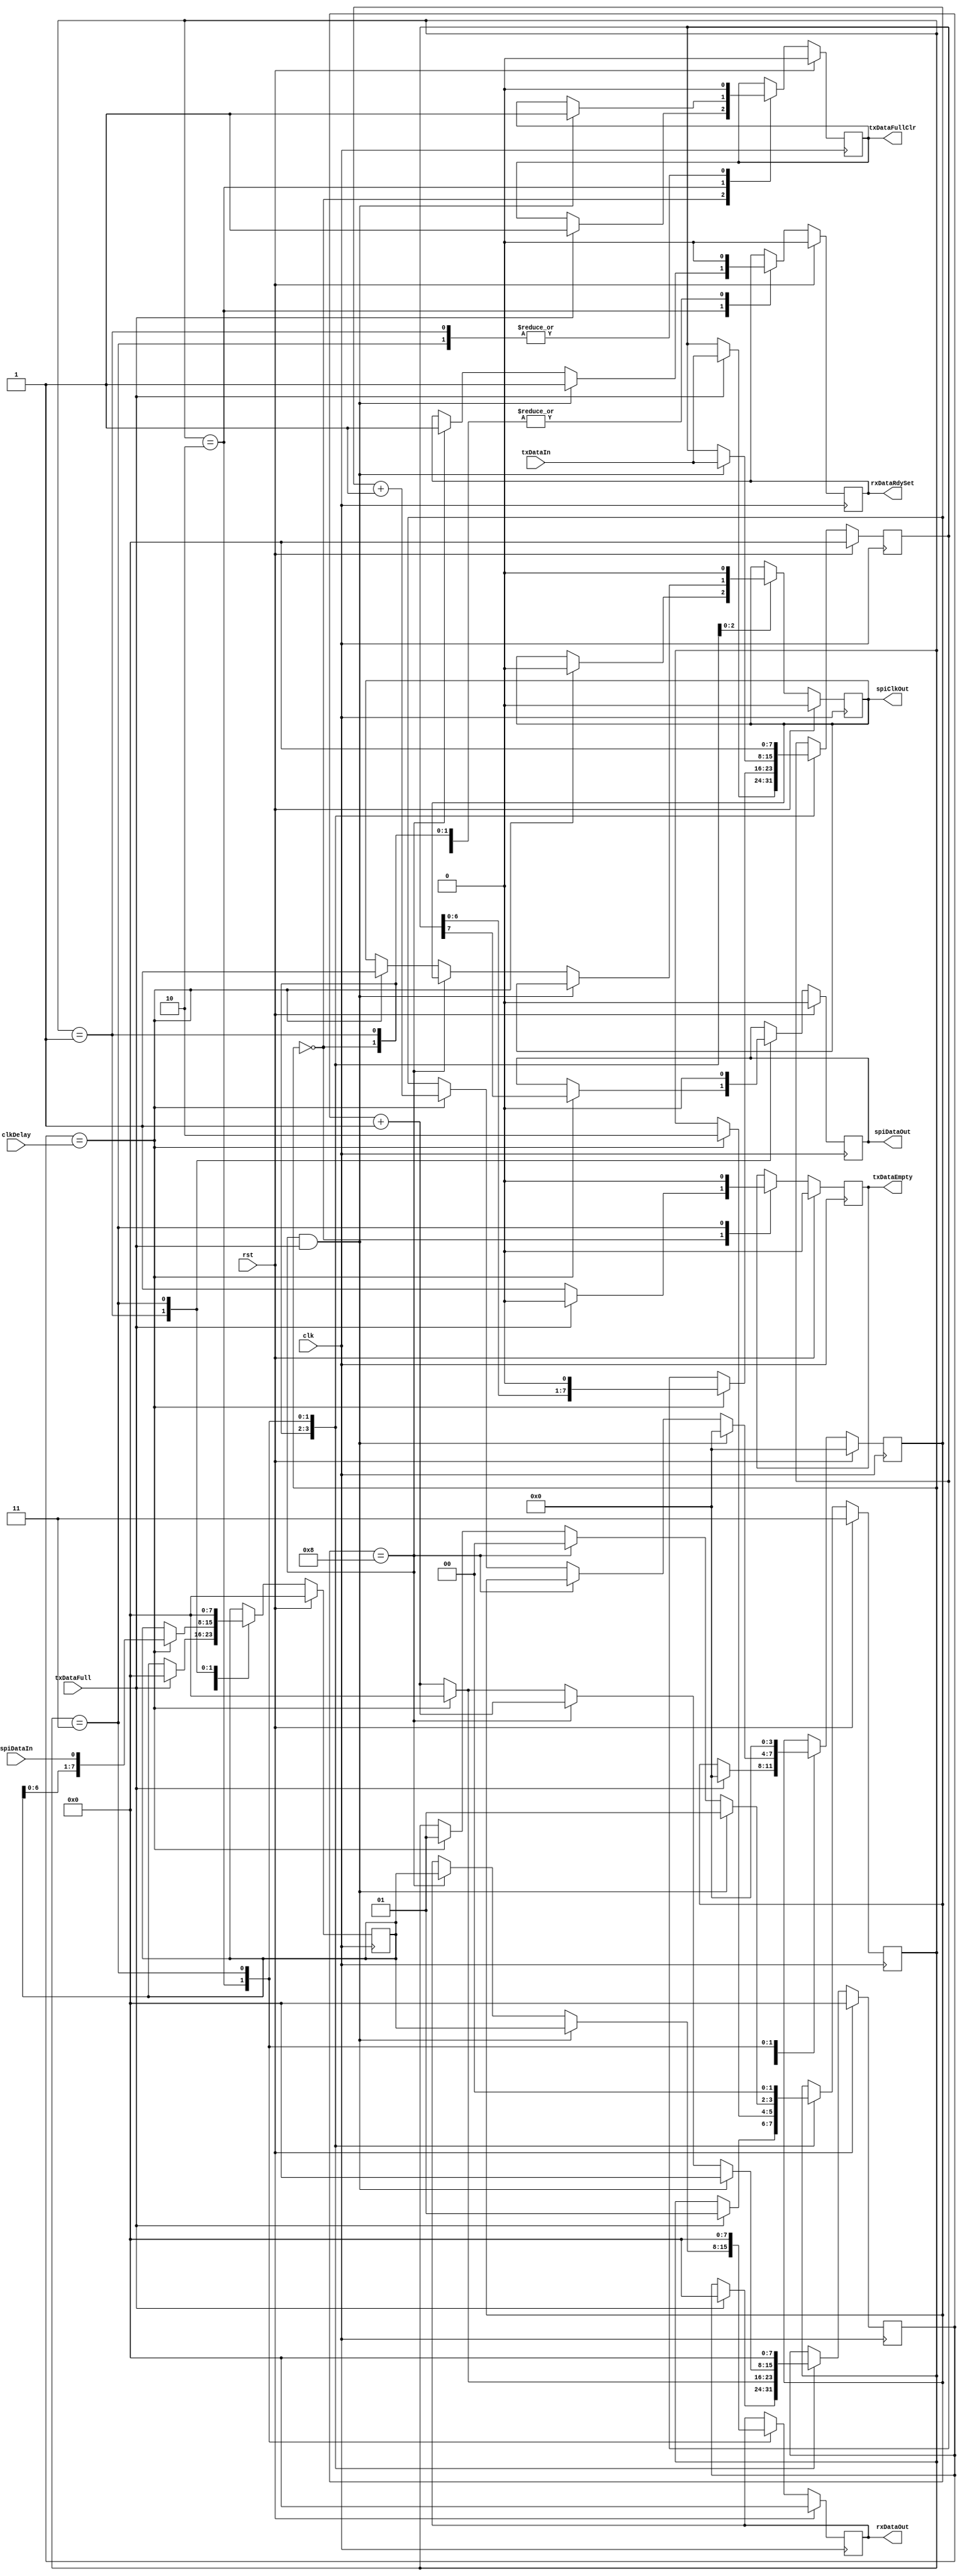
module readWriteSPIWireData (clk, clkDelay, rst, rxDataOut, rxDataRdySet, spiClkOut, spiDataIn, spiDataOut, txDataEmpty, txDataFull, txDataFullClr, txDataIn);
input   clk;
input   [7:0]clkDelay;
input   rst;
input   spiDataIn;
input   txDataFull;
input   [7:0]txDataIn;
output  [7:0]rxDataOut;
output  rxDataRdySet;
output  spiClkOut;
output  spiDataOut;
output  txDataEmpty;
output  txDataFullClr;

wire    clk;
wire    [7:0]clkDelay;
wire    rst;
reg     [7:0]rxDataOut, next_rxDataOut;
reg     rxDataRdySet, next_rxDataRdySet;
reg     spiClkOut, next_spiClkOut;
wire    spiDataIn;
reg     spiDataOut, next_spiDataOut;
reg     txDataEmpty, next_txDataEmpty;
wire    txDataFull;
reg     txDataFullClr, next_txDataFullClr;
wire    [7:0]txDataIn;

// diagram signals declarations
reg  [3:0]bitCnt, next_bitCnt;
reg  [7:0]clkDelayCnt, next_clkDelayCnt;
reg  [7:0]rxDataShiftReg, next_rxDataShiftReg;
reg  [7:0]txDataShiftReg, next_txDataShiftReg;

// BINARY ENCODED state machine: rwSPISt
// State codes definitions:
`define WT_TX_DATA 2'b00
`define CLK_HI 2'b01
`define CLK_LO 2'b10
`define ST_RW_WIRE 2'b11

reg [1:0]CurrState_rwSPISt, NextState_rwSPISt;

// Diagram actions (continuous assignments allowed only: assign ...)
// diagram ACTION


// Machine: rwSPISt

// NextState logic (combinatorial)
always @ (txDataFull or txDataIn or clkDelayCnt or clkDelay or txDataShiftReg or rxDataShiftReg or spiDataIn or bitCnt or rxDataRdySet or txDataEmpty or txDataFullClr or spiClkOut or spiDataOut or rxDataOut or CurrState_rwSPISt)
begin
  NextState_rwSPISt <= CurrState_rwSPISt;
  // Set default values for outputs and signals
  next_rxDataRdySet <= rxDataRdySet;
  next_txDataEmpty <= txDataEmpty;
  next_txDataShiftReg <= txDataShiftReg;
  next_rxDataShiftReg <= rxDataShiftReg;
  next_bitCnt <= bitCnt;
  next_clkDelayCnt <= clkDelayCnt;
  next_txDataFullClr <= txDataFullClr;
  next_spiClkOut <= spiClkOut;
  next_spiDataOut <= spiDataOut;
  next_rxDataOut <= rxDataOut;
  case (CurrState_rwSPISt)  // synopsys parallel_case full_case
    `WT_TX_DATA:
    begin
      next_rxDataRdySet <= 1'b0;
      next_txDataEmpty <= 1'b1;
      if (txDataFull == 1'b1)
      begin
        NextState_rwSPISt <= `CLK_HI;
        next_txDataShiftReg <= txDataIn;
        next_rxDataShiftReg <= 8'h00;
        next_bitCnt <= 4'h0;
        next_clkDelayCnt <= 8'h00;
        next_txDataFullClr <= 1'b1;
        next_txDataEmpty <= 1'b0;
      end
    end
    `CLK_HI:
    begin
      next_clkDelayCnt <= clkDelayCnt + 1'b1;
      next_txDataFullClr <= 1'b0;
      next_rxDataRdySet <= 1'b0;
      if (clkDelayCnt == clkDelay)
      begin
        NextState_rwSPISt <= `CLK_LO;
        next_spiClkOut <= 1'b0;
        next_spiDataOut <= txDataShiftReg[7];
        next_txDataShiftReg <= {txDataShiftReg[6:0], 1'b0};
        next_rxDataShiftReg <= {rxDataShiftReg[6:0], spiDataIn};
        next_clkDelayCnt <= 8'h00;
      end
    end
    `CLK_LO:
    begin
      next_clkDelayCnt <= clkDelayCnt + 1'b1;
      if ((bitCnt == 4'h8) && (txDataFull == 1'b1))
      begin
        NextState_rwSPISt <= `CLK_HI;
        next_rxDataRdySet <= 1'b1;
        next_rxDataOut <= rxDataShiftReg;
        next_txDataShiftReg <= txDataIn;
        next_bitCnt <= 3'b000;
        next_clkDelayCnt <= 8'h00;
        next_txDataFullClr <= 1'b1;
      end
      else if (bitCnt == 4'h8)
      begin
        NextState_rwSPISt <= `WT_TX_DATA;
        next_rxDataRdySet <= 1'b1;
        next_rxDataOut <= rxDataShiftReg;
      end
      else if (clkDelayCnt == clkDelay)
      begin
        NextState_rwSPISt <= `CLK_HI;
        next_spiClkOut <= 1'b1;
        next_bitCnt <= bitCnt + 1'b1;
        next_clkDelayCnt <= 8'h00;
      end
    end
    `ST_RW_WIRE:
    begin
      next_bitCnt <= 4'h0;
      next_clkDelayCnt <= 8'h00;
      next_txDataFullClr <= 1'b0;
      next_rxDataRdySet <= 1'b0;
      next_txDataShiftReg <= 8'h00;
      next_rxDataShiftReg <= 8'h00;
      next_rxDataOut <= 8'h00;
      next_spiDataOut <= 1'b0;
      next_spiClkOut <= 1'b0;
      next_txDataEmpty <= 1'b0;
      NextState_rwSPISt <= `WT_TX_DATA;
    end
  endcase
end

// Current State Logic (sequential)
always @ (posedge clk)
begin
  if (rst == 1'b1)
    CurrState_rwSPISt <= `ST_RW_WIRE;
  else
    CurrState_rwSPISt <= NextState_rwSPISt;
end

// Registered outputs logic
always @ (posedge clk)
begin
  if (rst == 1'b1)
  begin
    rxDataRdySet <= 1'b0;
    txDataEmpty <= 1'b0;
    txDataFullClr <= 1'b0;
    spiClkOut <= 1'b0;
    spiDataOut <= 1'b0;
    rxDataOut <= 8'h00;
    txDataShiftReg <= 8'h00;
    rxDataShiftReg <= 8'h00;
    bitCnt <= 4'h0;
    clkDelayCnt <= 8'h00;
  end
  else 
  begin
    rxDataRdySet <= next_rxDataRdySet;
    txDataEmpty <= next_txDataEmpty;
    txDataFullClr <= next_txDataFullClr;
    spiClkOut <= next_spiClkOut;
    spiDataOut <= next_spiDataOut;
    rxDataOut <= next_rxDataOut;
    txDataShiftReg <= next_txDataShiftReg;
    rxDataShiftReg <= next_rxDataShiftReg;
    bitCnt <= next_bitCnt;
    clkDelayCnt <= next_clkDelayCnt;
  end
end

endmodule